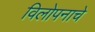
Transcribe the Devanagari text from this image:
विलोपनाचे